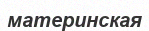
материнская